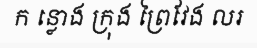
ក ន្លោង ក្រុង ព្រៃវែង លរ